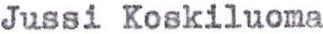
Jussi Koskiluoma